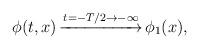
LaTeX: \begin{align*}\phi(t,x)\,{\buildrel t=-T/2\to-\infty\over{\hbox to60pt{\rightarrowfill}}}\,\phi_1(x), \end{align*}